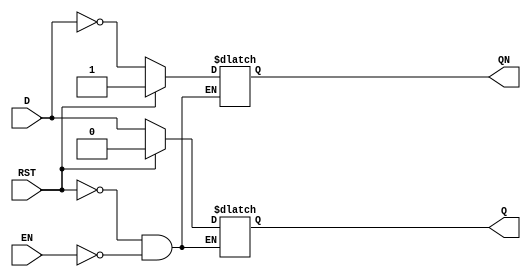
`timescale 1ns / 1ps
//////////////////////////////////////////////////////////////////////////////////
// Company: 
// Engineer: 
// 
// Design Name: 
// Module Name: D_latch
// Project Name: 
// Target Devices: 
// Tool Versions: 
// Description: 
// 
// Dependencies: 
// 
// Revision:
// Revision 0.01 - File Created
// Additional Comments:
// 
//////////////////////////////////////////////////////////////////////////////////


module D_latch(Q, QN, D, EN, RST);
    output reg Q, QN;
    input D, EN, RST;
    
    always @(D, EN, RST) begin
        if(RST) begin
            Q = 0;
            QN = 1;
        end
        else if(EN) begin
            Q <= D;
            QN <= ~D;
        end
    end
endmodule